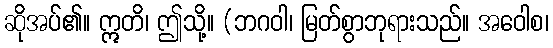
ဆိုအပ်၏။ ဣတိ၊ ဤသို့။ (ဘဂဝါ၊ မြတ်စွာဘုရားသည်။ အဝေါစ၊